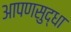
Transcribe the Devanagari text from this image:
आपणसुद्धा